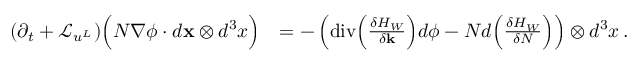
\begin{array} { r l } { ( \partial _ { t } + \mathcal { L } _ { u ^ { L } } ) \Big ( N \nabla \phi \cdot d { \mathbf { x } } \otimes d ^ { 3 } x \Big ) } & { = - \left( \mathrm { d i v } \Big ( \frac { \delta H _ { W } } { \delta { \mathbf { k } } } \Big ) d \phi - N d \Big ( \frac { \delta H _ { W } } { \delta N } \Big ) \right) \otimes d ^ { 3 } x \, . } \end{array}